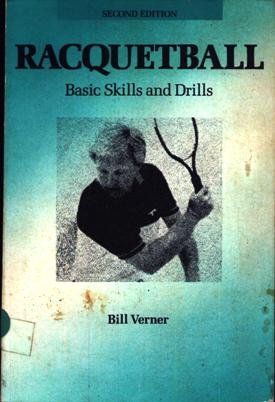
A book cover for Racquetball: Basic Skills and Drills; Bill Verner; Sports & Outdoors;